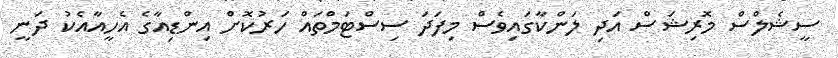
ސީޝެލްސް މޮރިޝަސް އަދި ލަންކާގައިވެސް މިފަދަ ސިސްޓަމްތައް ހަރުކޮށް އިންޑިއާގެ އެހީއާއެކު ދަނީ